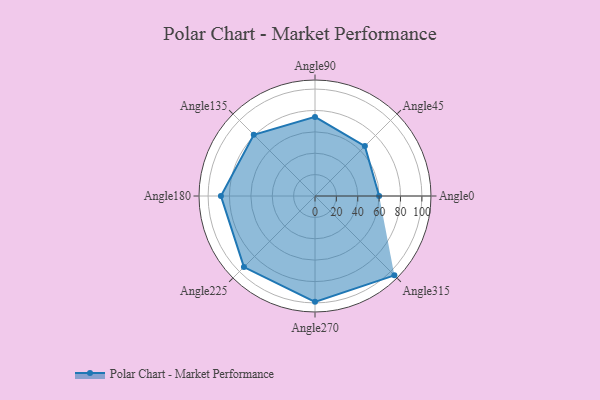
{"axis": {"x": "Angle", "y": "Radius"}, "legend": [""], "data": [{"x": "Angle0", "y": 60.0, "type": ""}, {"x": "Angle45", "y": 66.0, "type": ""}, {"x": "Angle90", "y": 74.0, "type": ""}, {"x": "Angle135", "y": 81.0, "type": ""}, {"x": "Angle180", "y": 88.0, "type": ""}, {"x": "Angle225", "y": 94.0, "type": ""}, {"x": "Angle270", "y": 99.0, "type": ""}, {"x": "Angle315", "y": 105.0, "type": ""}]}